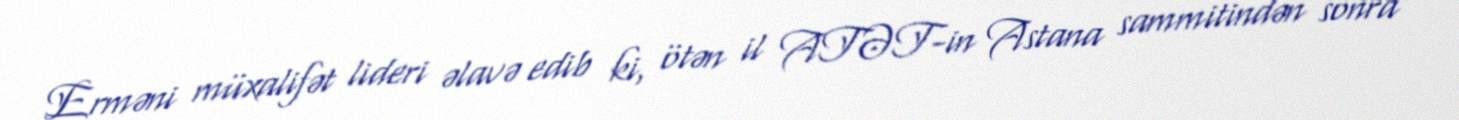
Erməni müxalifət lideri əlavə edib ki, ötən il ATƏT-in Astana sammitindən sonra